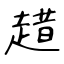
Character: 趞